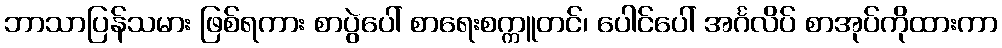
ဘာသာပြန်သမား ဖြစ်ရကား စာပွဲပေါ် စာရေးစက္ကူတင်၊ ပေါင်ပေါ် အင်္ဂလိပ် စာအုပ်ကိုထားကာ